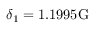
\delta _ { 1 } = 1 . 1 9 9 5 \mathrm { G }